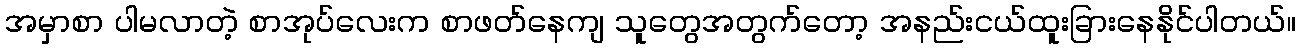
အမှာစာ ပါမလာတဲ့ စာအုပ်လေးက စာဖတ်နေကျ သူတွေအတွက်တော့ အနည်းငယ်ထူးခြားနေနိုင်ပါတယ်။